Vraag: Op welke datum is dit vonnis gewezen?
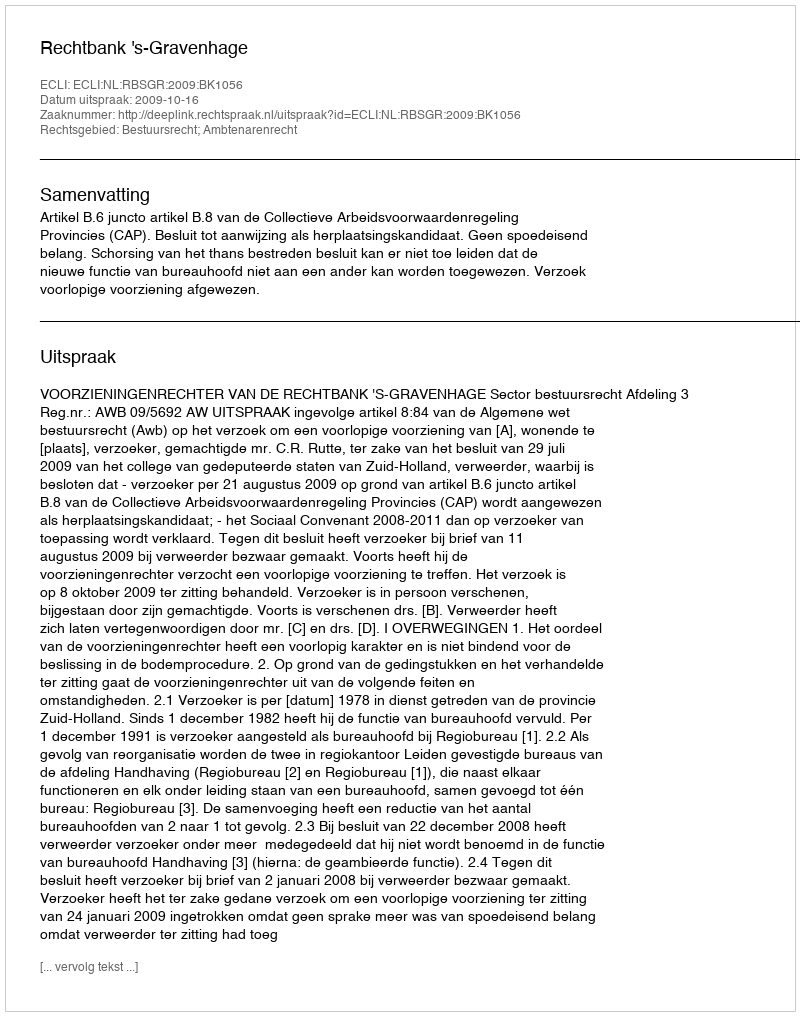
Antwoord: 2009-10-16